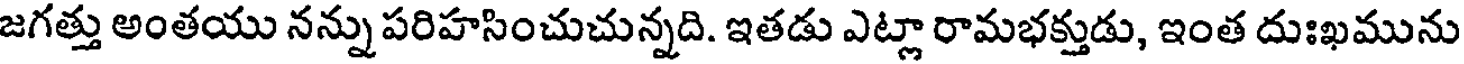
జగత్తు అంతయు నన్ను పరిహసించుచున్నది. ఇతడు ఎట్లా రామభక్తుడు, ఇంత దుఃఖమును